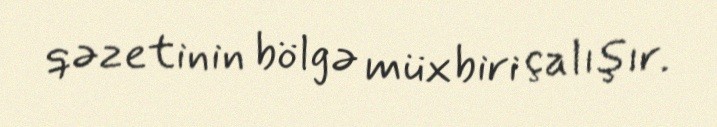
qəzetinin bölgə müxbiri çalışır.